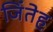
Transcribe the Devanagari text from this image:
जिंतेह